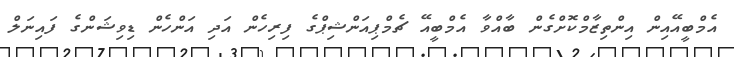
އެމްބީއޭއިން އިންތިޒާމްކޮށްގެން ބާއްވާ އެމްބީއޭ ޗެމްޕިއަންޝިޕްގެ ފިރިހެން އަދި އަންހެން ޑިވިޝަންގެ ފައިނަލް